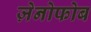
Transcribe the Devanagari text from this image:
ज़ेनोफोब